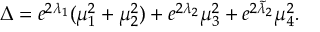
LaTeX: \Delta = e ^ { 2 \lambda _ { 1 } } ( \mu _ { 1 } ^ { 2 } + \mu _ { 2 } ^ { 2 } ) + e ^ { 2 \lambda _ { 2 } } \mu _ { 3 } ^ { 2 } + e ^ { 2 \tilde { \lambda } _ { 2 } } \mu _ { 4 } ^ { 2 } .